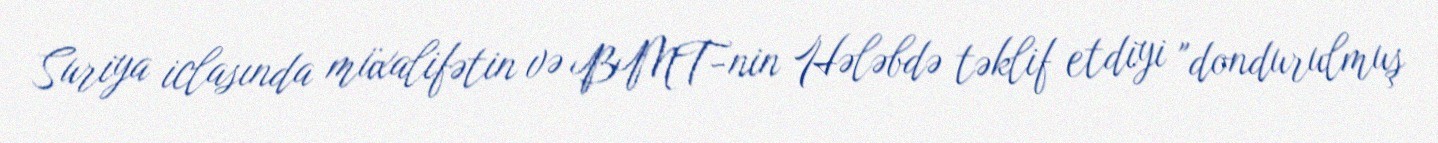
Suriya iclasında müxalifətin və BMT-nin Hələbdə təklif etdiyi "dondurulmuş